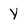
Character: Y